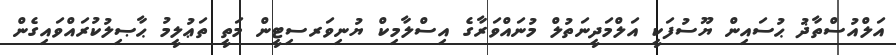
އަލްއުސްތާޛު ޙުސައިން ޔޫސުފަކީ އަލްމަދީނަތުލް މުނައްވަރާގެ އިސްލާމިކް ޔުނިވަރސިޓީން މަތީ ތަޢުލީމު ޙާޞިލުކުރައްވައިގެން